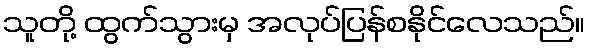
သူတို့ ထွက်သွားမှ အလုပ်ပြန်စနိုင်လေသည်။